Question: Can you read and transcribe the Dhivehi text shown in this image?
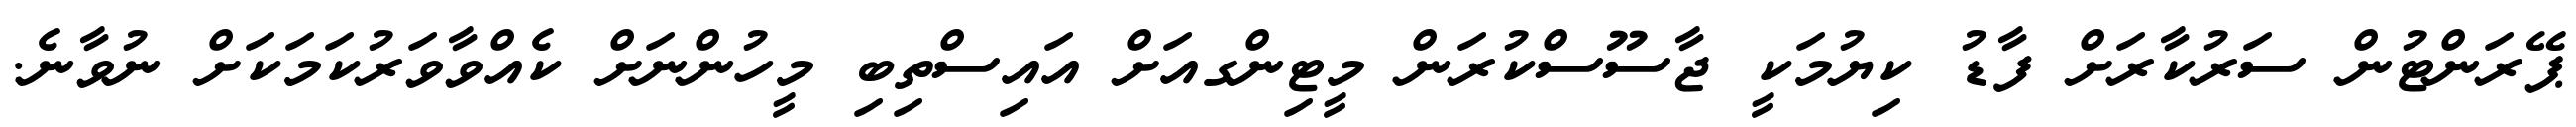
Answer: ޕޭރަންޓުން ސަރުކާރަށް ފާޑު ކިޔުމަކީ ޖާސޫސްކުރަން މީޓިންގއަށް އައިސްތިބި މީހުންނަށް ކެއްވާވަރުކަމަކަށް ނުވާނެ.